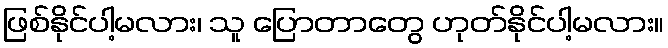
ဖြစ်နိုင်ပါ့မလား၊ သူ ပြောတာတွေ ဟုတ်နိုင်ပါ့မလား။